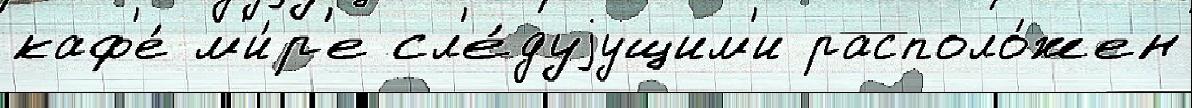
каф'е́ м'и́р'е сл'е́дуjущим'и располо́жен